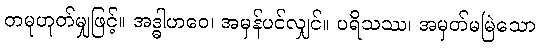
တမုဟုတ်မျှဖြင့်။ အဒ္ဓါဟဝေ၊ အမှန်ပင်လျှင်။ ပရိသဿ၊ အမှတ်မမြဲသော